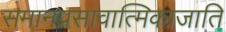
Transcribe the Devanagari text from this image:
समानप्रसावात्मिकाजाति